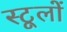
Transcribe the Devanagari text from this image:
स्टूलों